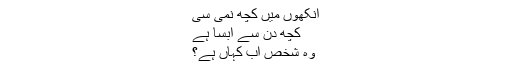
آنکھوں میں کچھ نمی سی
کچھ دن سے آبسا ہے
وہ شخص اب کہاں ہے؟